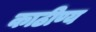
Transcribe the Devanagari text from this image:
काठीण्य